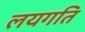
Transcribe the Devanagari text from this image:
लयगति